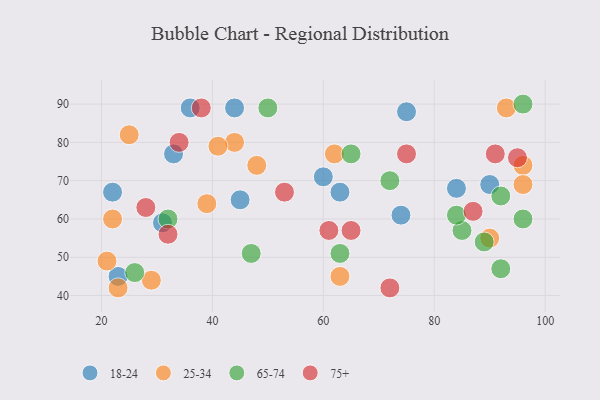
{"axis": {"x": "GDP", "y": "Life Expectancy"}, "legend": ["18-24", "25-34", "65-74", "75+"], "data": [{"x": "45", "y": 65, "type": "18-24"}, {"x": "90", "y": 69, "type": "18-24"}, {"x": "23", "y": 45, "type": "18-24"}, {"x": "22", "y": 67, "type": "18-24"}, {"x": "60", "y": 71, "type": "18-24"}, {"x": "75", "y": 88, "type": "18-24"}, {"x": "44", "y": 89, "type": "18-24"}, {"x": "63", "y": 67, "type": "18-24"}, {"x": "74", "y": 61, "type": "18-24"}, {"x": "36", "y": 89, "type": "18-24"}, {"x": "31", "y": 59, "type": "18-24"}, {"x": "84", "y": 68, "type": "18-24"}, {"x": "33", "y": 77, "type": "18-24"}, {"x": "48", "y": 74, "type": "25-34"}, {"x": "22", "y": 60, "type": "25-34"}, {"x": "39", "y": 64, "type": "25-34"}, {"x": "93", "y": 89, "type": "25-34"}, {"x": "21", "y": 49, "type": "25-34"}, {"x": "63", "y": 45, "type": "25-34"}, {"x": "29", "y": 44, "type": "25-34"}, {"x": "23", "y": 42, "type": "25-34"}, {"x": "25", "y": 82, "type": "25-34"}, {"x": "90", "y": 55, "type": "25-34"}, {"x": "96", "y": 74, "type": "25-34"}, {"x": "96", "y": 69, "type": "25-34"}, {"x": "44", "y": 80, "type": "25-34"}, {"x": "41", "y": 79, "type": "25-34"}, {"x": "62", "y": 77, "type": "25-34"}, {"x": "92", "y": 47, "type": "65-74"}, {"x": "32", "y": 60, "type": "65-74"}, {"x": "96", "y": 90, "type": "65-74"}, {"x": "26", "y": 46, "type": "65-74"}, {"x": "89", "y": 54, "type": "65-74"}, {"x": "85", "y": 57, "type": "65-74"}, {"x": "50", "y": 89, "type": "65-74"}, {"x": "65", "y": 77, "type": "65-74"}, {"x": "63", "y": 51, "type": "65-74"}, {"x": "92", "y": 66, "type": "65-74"}, {"x": "96", "y": 60, "type": "65-74"}, {"x": "47", "y": 51, "type": "65-74"}, {"x": "72", "y": 70, "type": "65-74"}, {"x": "84", "y": 61, "type": "65-74"}, {"x": "72", "y": 42, "type": "75+"}, {"x": "53", "y": 67, "type": "75+"}, {"x": "65", "y": 57, "type": "75+"}, {"x": "95", "y": 76, "type": "75+"}, {"x": "32", "y": 56, "type": "75+"}, {"x": "34", "y": 80, "type": "75+"}, {"x": "61", "y": 57, "type": "75+"}, {"x": "91", "y": 77, "type": "75+"}, {"x": "75", "y": 77, "type": "75+"}, {"x": "28", "y": 63, "type": "75+"}, {"x": "38", "y": 89, "type": "75+"}, {"x": "87", "y": 62, "type": "75+"}]}